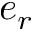
e _ { r }